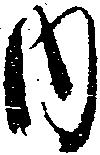
内